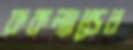
ফকল্যান্ডের